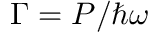
\Gamma = P / \hbar \omega